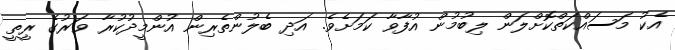
އެކު މަސައްކަތްކޮށްލަން ލިބުމުން އުފާވާ ކަމަށެވެ. އަދި ބެލުންތެރިން އުންމީދުކުރާ ވަރުގެ ރީތީ